Civil Veterinary Department. United Provinces 1932-42 - 1932-1942
Year: 1932
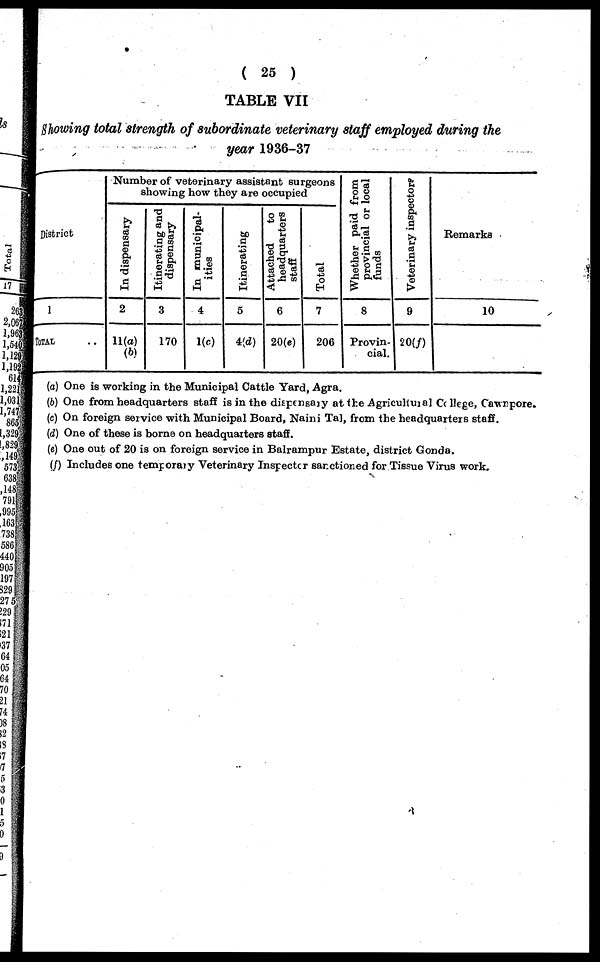
(25)
TABLE VII
Showing total strength of subordinate veterinary staff employed during the
year 1936-37
District
1
TOTAL ..
Number of veterinary assistant surgeons
showing how they are occupied
In dispensary
2
11(a)
(b)
Itinerating and
dispensary
3
170
In municipal-
ities
4
1(c)
Itinerating
5
4(d)
Attached
to
headquarters
staff
6
20(c)
Total
7
206
Whether paid from
provincial or local
funds
8
Provin-
cial.
Veterinary inspectors
9
20(f)
I
Remarks
10
(a) One is working in the Municipal Cattle Yard, Agra.
(b) One from headquarters staff is in the dispensary at the Agricultural College, Cawnpore.
(c) On foreign service with Municipal Board, Naini Tal, from the headquarters staff.
(d) One of these is borne on headquarters staff.
(e) One out of 20 is on foreign service in Balrampur Estate, district Gonda.
(f) Includes one temporary Veterinary Inspector sanctioned for Tissue Virus work.